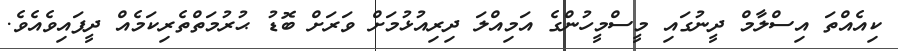
ކިއެއްތަ އިސްލާމް ދީނުގައި މީސްމީހުންގެ އަމިއްލަ ދިރިއުޅުމަށް ވަރަށް ބޮޑު ޙުރުމަތްތެރިކަމެއް ދީފައިވެއެވެ.